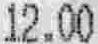
12.00